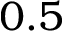
0 . 5